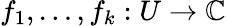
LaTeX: f_{1},\dots,f_{k}:U\to\mathbb{C}